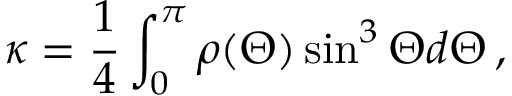
\kappa = \frac { 1 } { 4 } \int _ { 0 } ^ { \pi } \rho ( \Theta ) \sin ^ { 3 } \Theta d \Theta \, ,